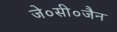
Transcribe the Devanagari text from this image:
जे०सी०जैन